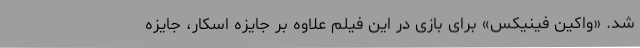
شد. «واکین فینیکس» برای بازی در این فیلم علاوه بر جایزه اسکار، جایزه